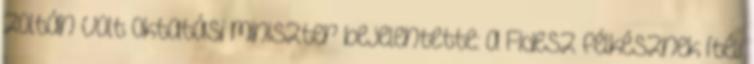
Zoltán volt oktatási miniszter bejelentette: a Fidesz félkésznek ítéli